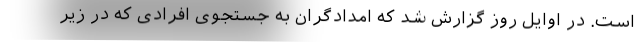
است. در اوایل روز گزارش شد که امدادگران به جستجوی افرادی که در زیر